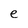
Character: e